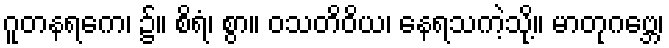
ဂူတနရကေ၊ ၌။ စိရံ၊ စွာ။ ဝသတိဝိယ၊ နေရသကဲ့သို့။ မာတုဂဗ္ဘေ၊